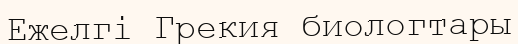
Ежелгі Грекия биологтары